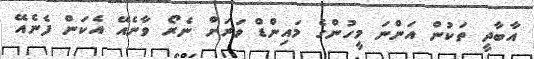
އާބާދީ ތަކުން އަންނަ މީހުންގެ މައިންޑް ވަރަށް ނެރޯ ވާނެއޭ އެކަން ފެނެއޭ